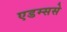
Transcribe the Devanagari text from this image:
एडम्ससे